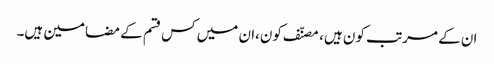
ان کے مرتب کون ہیں، مصنّف کون،ان میں کس قسم کے مضامین ہیں۔